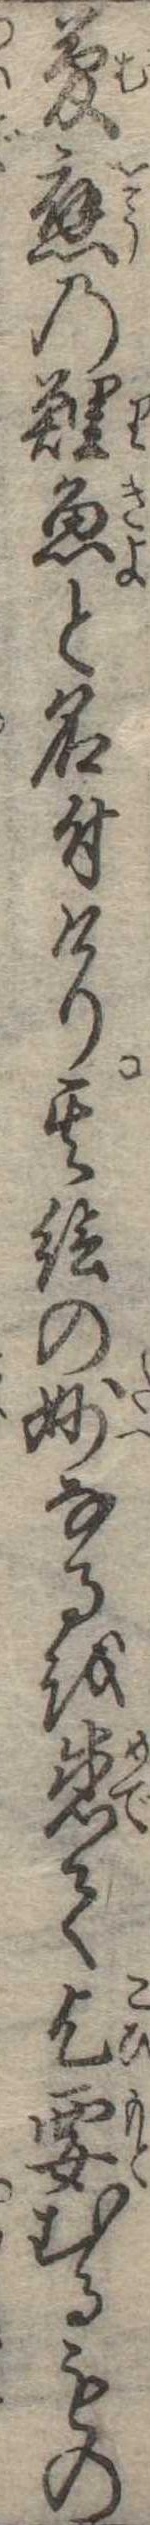
夢応の鯉魚と名付けり其絵の妙なるを感て乞要むるもの